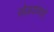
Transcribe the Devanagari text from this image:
खेडयांकडे